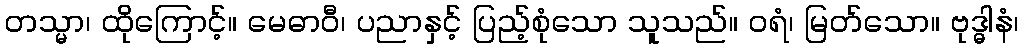
တသ္မာ၊ ထိုကြောင့်။ မေဓာဝီ၊ ပညာနှင့် ပြည့်စုံသော သူသည်။ ဝရံ၊ မြတ်သော။ ဗုဒ္ဓါနံ၊